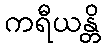
ကရီယန္တိ